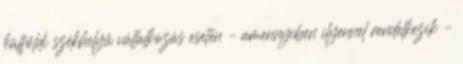
külföldi székhelyű vállalkozás esetén – amennyiben ilyennel rendelkezik –